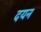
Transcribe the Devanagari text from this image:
दयन